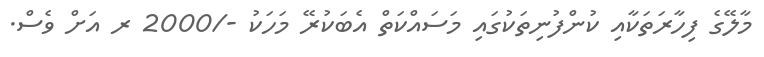
މާލޭގެ ފިހާރަތަކާއި ކުންފުނިތަކުގައި މަސައްކަތް އެބަކުރޭ މަހަކު -/2000 ރ އަށް ވެސް.